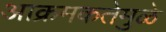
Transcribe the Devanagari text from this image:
आक्रमकतेमुळे